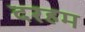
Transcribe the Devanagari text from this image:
दरहम